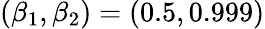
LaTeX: (\beta_{1},\beta_{2})=(0.5,0.999)